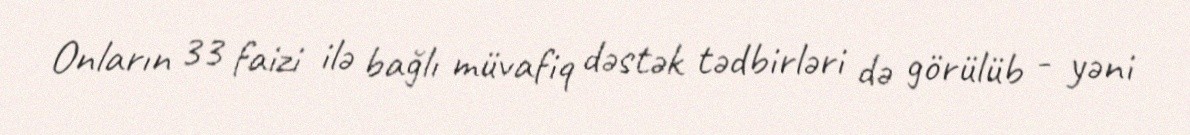
Onların 33 faizi ilə bağlı müvafiq dəstək tədbirləri də görülüb - yəni